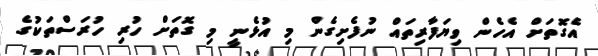
އެގޮތަށް އެހެން ވިޔަފާރިތައް ނުފެށިގެން މި އުޅެނީ މި ގޮތަށް ހުރި ހުރަސްތަކުގެ